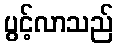
ပွင့်လာသည်